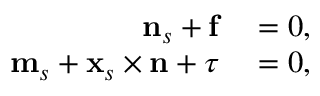
\begin{array} { r l } { \mathbf { n } _ { s } + \mathbf { f } } & { { } = 0 , } \\ { \mathbf { m } _ { s } + \mathbf { x } _ { s } \times \mathbf { n } + \boldsymbol { \tau } } & { { } = 0 , } \end{array}